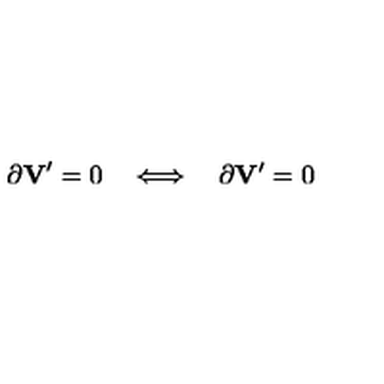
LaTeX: \partial { \bf V } ^ { \prime } = 0 \quad \Longleftrightarrow \quad \partial { \bf V } ^ { \prime } = 0